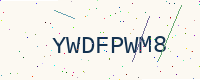
Text: YWDFPWM8